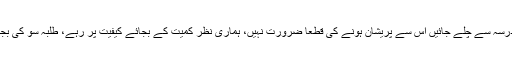
تعطیل اور موبائل فون کے تعلق سے یا ہر ماہ تعلیمی جانچ کی وجہ سے ہوسکتا ہے کچھ طلبہ مدرسہ سے چلے جائیں اس سے پریشان ہونے کی قطعاً ضرورت نہیں، ہماری نظر کمیّت کے بجائے کیفیت پر رہے، طلبہ سو کی بجائے پچاس رہ جائیں؛ لیکن مال فریش اور صاف ستھرا تیار ہو، اس سے مدرسہ کا معیار بنے گا۔